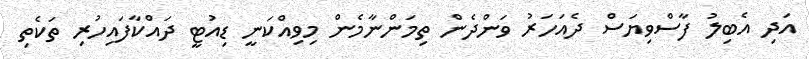
އަދި އެބިލު ފާސްވިޔަސް ދެއަހަރު ވަންދެން ތިމަންނާމެން މިވިއްކަނީ ޑިއުޓީ ދައްކާފައިހުރި ތަކެތި